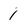
Character: 1